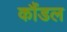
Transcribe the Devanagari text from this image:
कौंडल